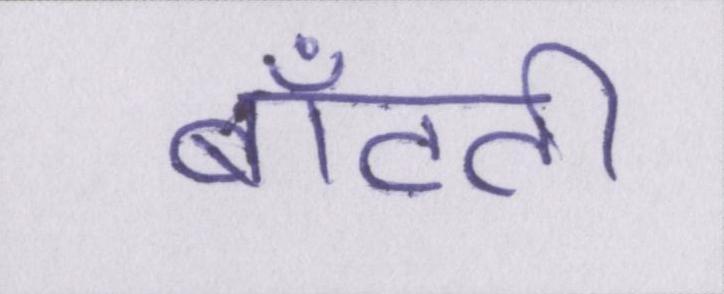
बाँटती